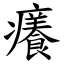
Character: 癢